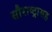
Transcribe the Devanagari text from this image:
सौराष्ट्रासह